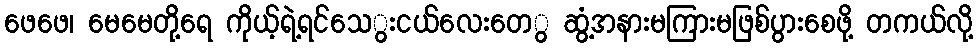
ဖေဖေ၊ မေမေတို့ရေ ကိုယ့်ရဲ့ရင်သေွးငယ်လေးတေွ ဆွံ့အနားမကြားမဖြစ်ပွားစေဖို့ တကယ်လို့